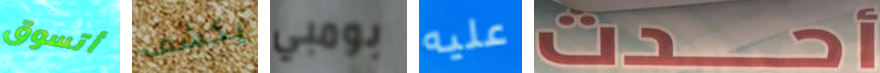
أتسوق يكشف بومبي عليه أحدث